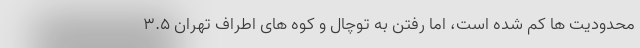
محدودیت ها کم شده است، اما رفتن به توچال و کوه های اطراف تهران ۳.۵